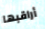
أراقبها